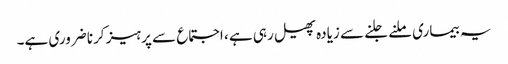
یہ بیماری ملنے جلنے سے زیادہ پھیل رہی ہے ، اجتماع سے پرہیز کرنا ضروری ہے۔